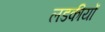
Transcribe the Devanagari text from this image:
लडकीयों